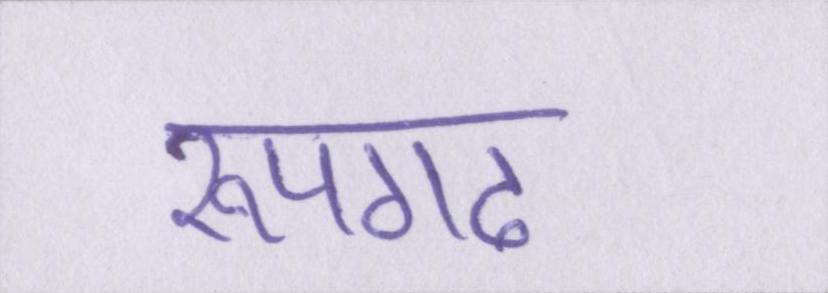
रूपगढ